342_HS1-416511228_319.1 Flying Discs 1949
Agency: Department of War
Incident date: 1/9/50
Page 1
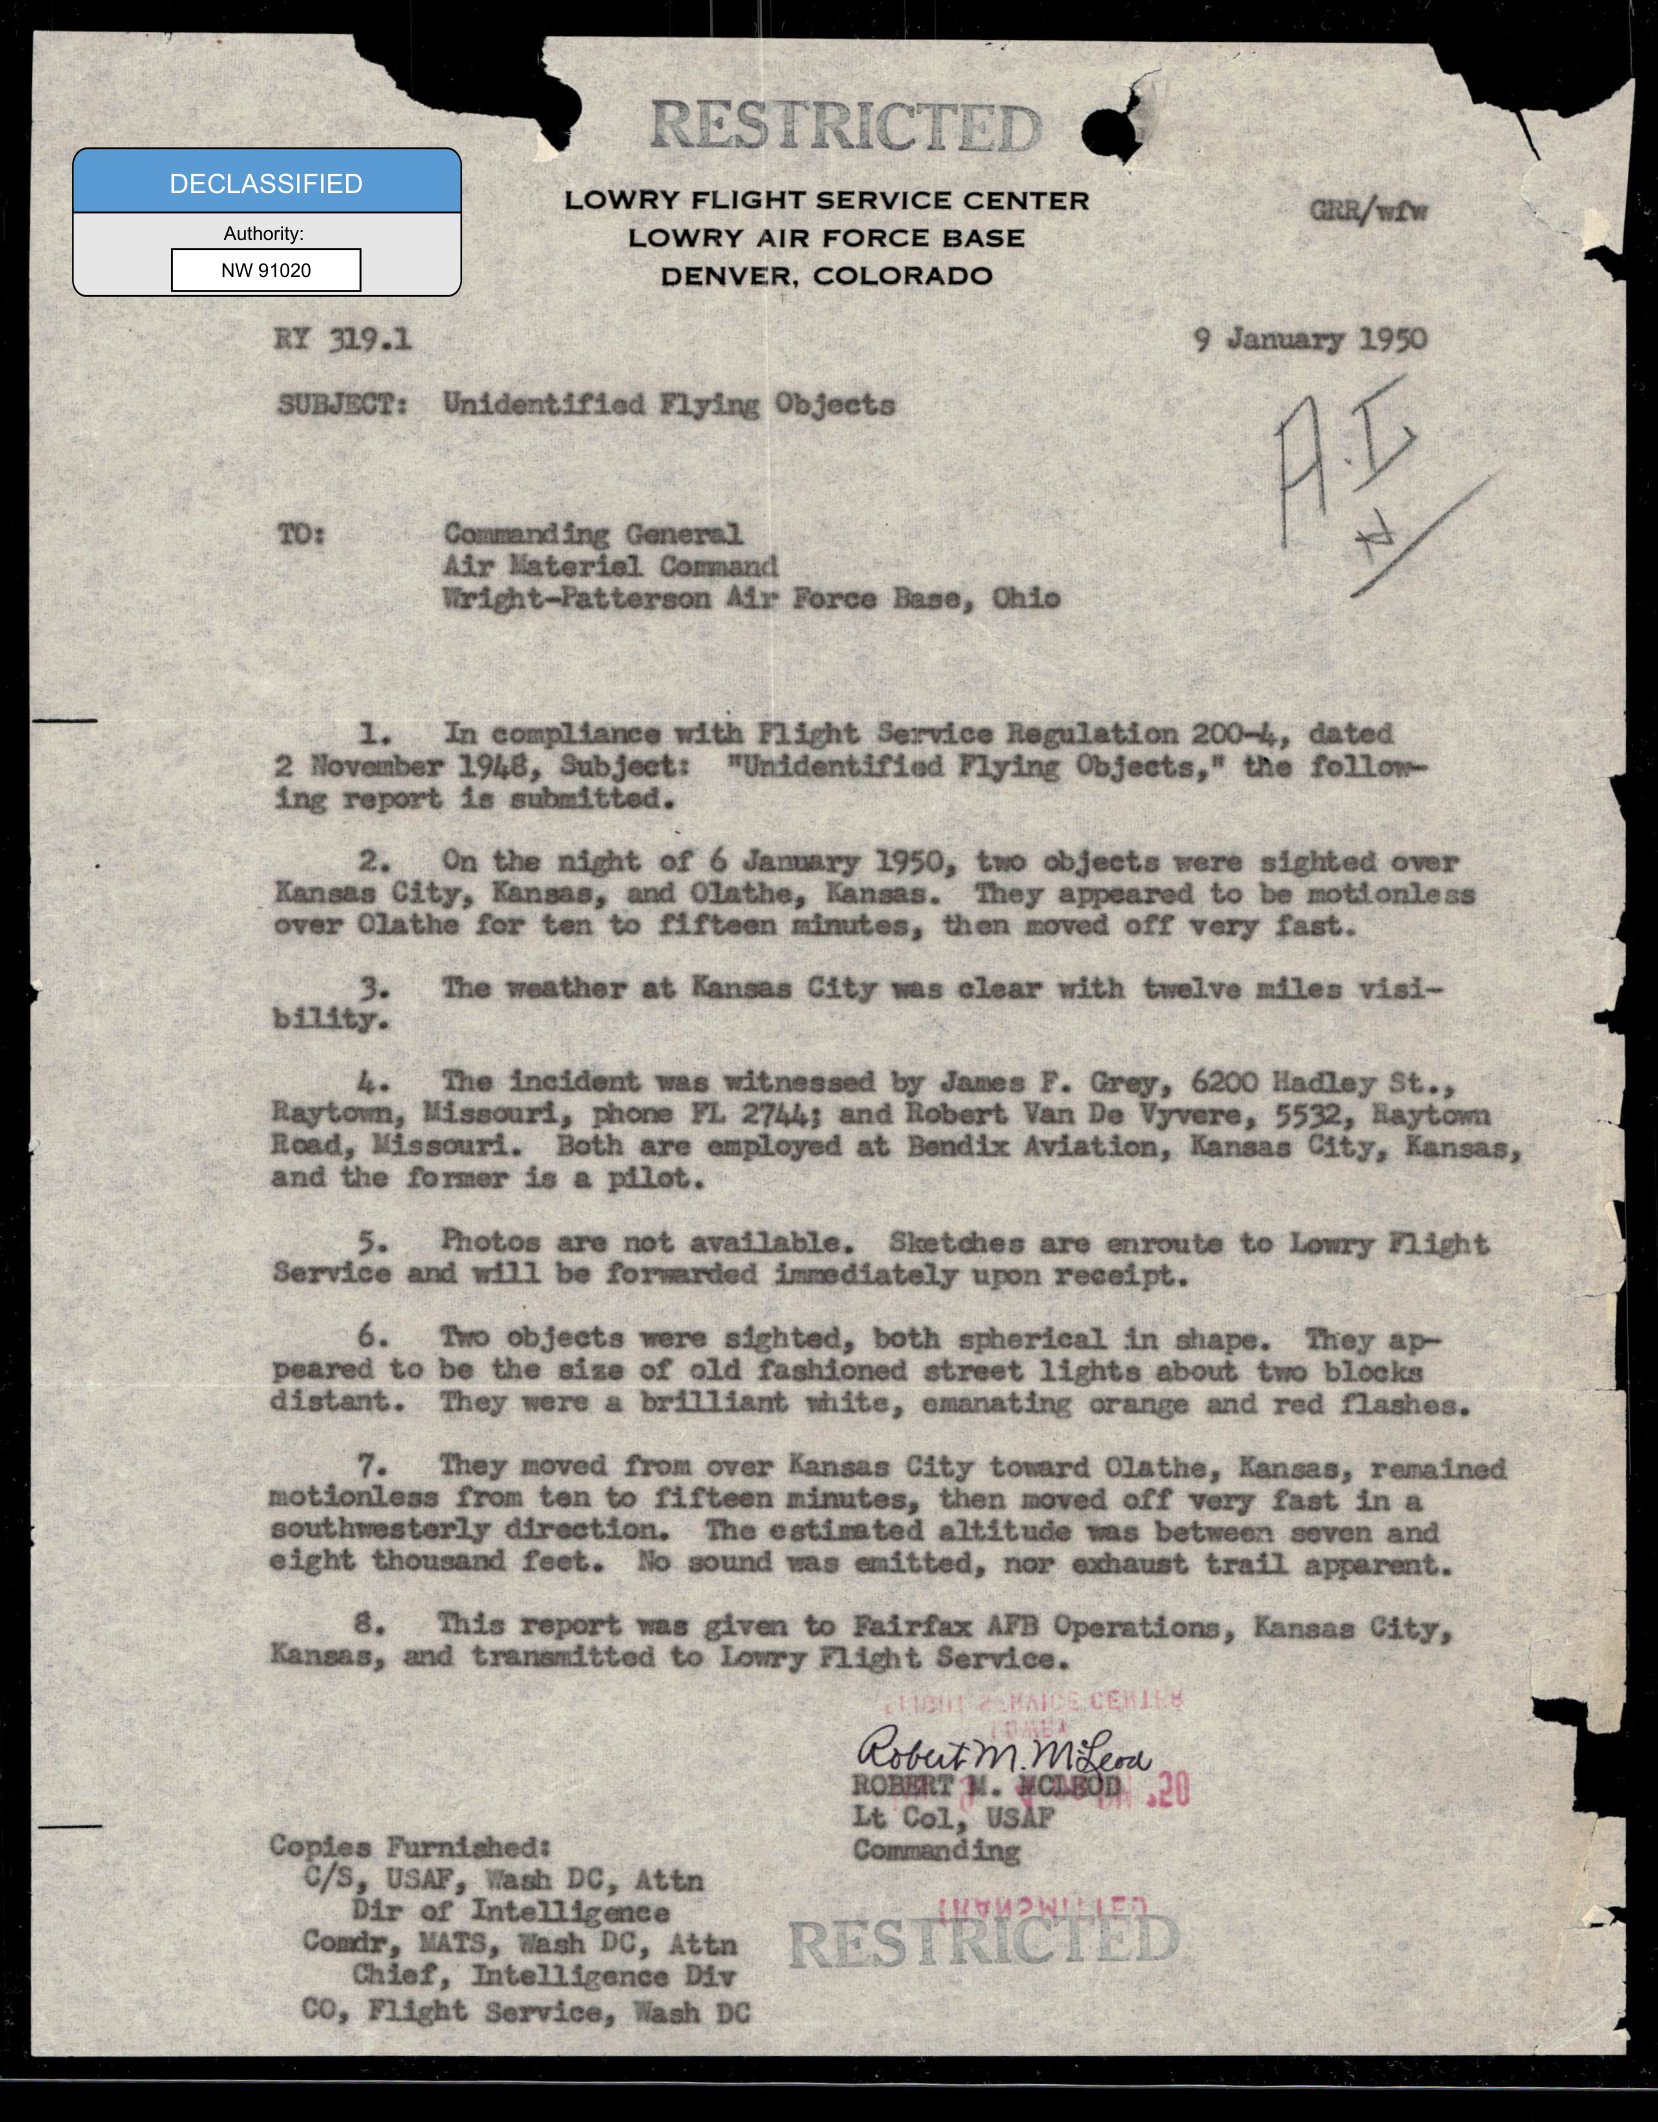